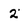
Character: 2